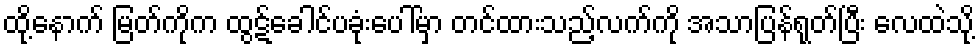
ထို့နောက် မြတ်ကိုက ထွဋ်ခေါင်ပခုံးပေါ်မှာ တင်ထားသည့်လက်ကို အသာပြန်ရုတ်ပြီး လေထဲသို့